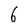
Character: 6